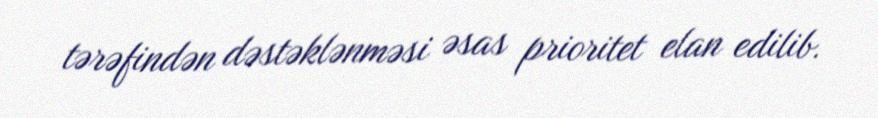
tərəfindən dəstəklənməsi əsas prioritet elan edilib.